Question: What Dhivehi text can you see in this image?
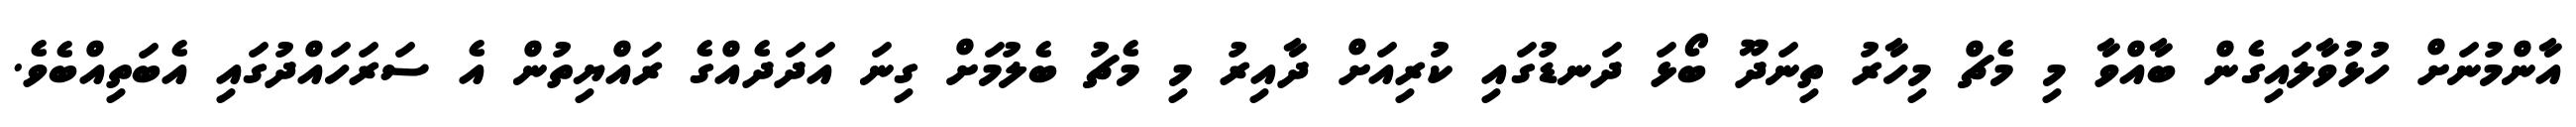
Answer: އާންމުނަށް ހުޅުވާލައިގެން ބާއްވާ މި މެޗް މިހާރު ތިނަދޫ ބޯޅަ ދަނޑުގައި ކުރިއަށް ދާއިރު މި މެޗު ބެލުމަށް ގިނަ އަދަދެއްގެ ރައްޔިތުން އެ ސަރަހައްދުގައި އެބަތިއްބެވެ.